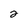
Character: 2